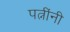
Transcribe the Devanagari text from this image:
पत्नींनी